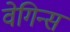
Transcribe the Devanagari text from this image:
वेगिन्स